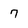
Character: 7